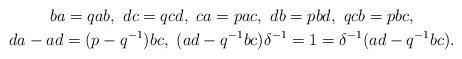
LaTeX: \begin{gather*}ba=qab, \ dc=qcd, \ ca =pac, \ db=pbd, \ qcb=pbc,\\da-ad= (p-q^{-1})bc, \ (ad-q^{-1}bc)\delta^{-1}=1=\delta^{-1}(ad-q^{-1}bc).\end{gather*}